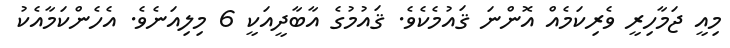
މިއީ ޖަމާހިރީ ވެރިކަމެއް އޮންނަ ޤައުމެކެވެ. ޤައުމުގެ އާބާދީއަކީ 6 މިލިއަނެވެ. އެހެންކަމާއެކު